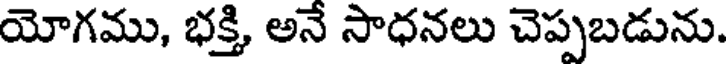
యోగము, భక్తి అనే సాధనలు చెప్పబడును.